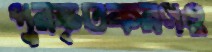
পুরস্কৃতকরণও